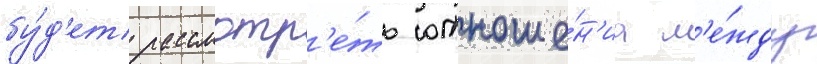
бу́д'ет рассмотр'е́ть отноше́н'иа м'е́жду